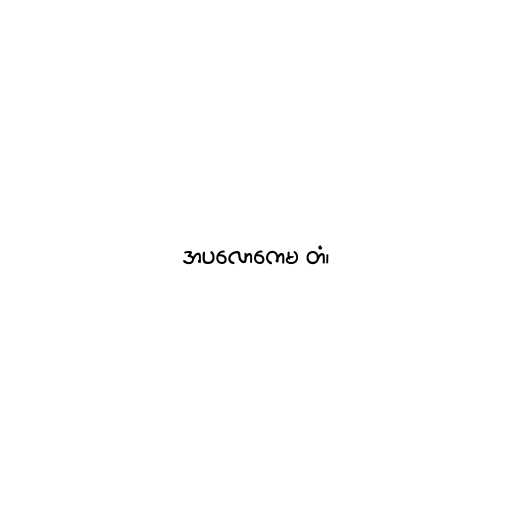
အပလောကေမ တံ၊